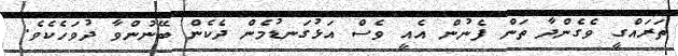
ތަރައްގީ ވެގެންދާ ތަން ފެނުން އެއީ ވެސް އަޅުގަނޑުމެން ދެކެން ބޭނުންވާ ދުވަހެކެވެ.